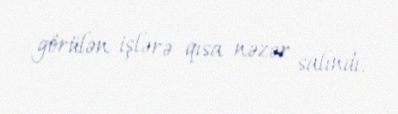
görülən işlərə qısa nəzər salındı.